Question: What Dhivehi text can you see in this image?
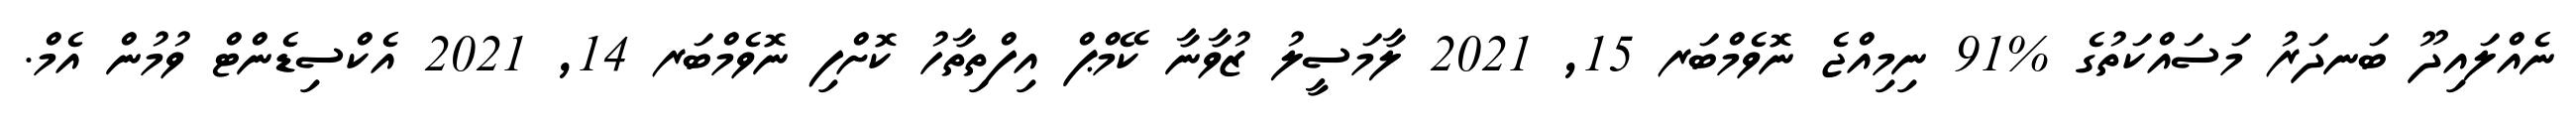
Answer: ނެއްލައިދޫ ބަނދަރު މަސައްކަތުގެ %91 ނިމިއްޖެ ނޮވެމްބަރ 15, 2021 ލާމަސީލު ޒުވާނާ ކޭމްޕް އިފްތިތާހު ކޮށްފި ނޮވެމްބަރ 14, 2021 އެކްސިޑެންޓް ވުމުން އެމް.